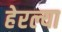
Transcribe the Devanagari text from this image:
हेरल्या